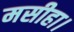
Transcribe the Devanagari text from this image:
मसीहा।